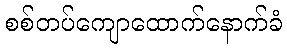
စစ်တပ်ကျောထောက်နောက်ခံ